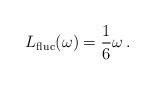
LaTeX: \begin{align*}L_{{\rm fluc}}(\omega) = \frac{1}{6} \omega \,.\end{align*}